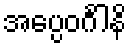
အပ္ပေဝင်္ဂါနိ